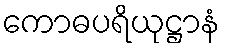
ကောဓပရိယုဋ္ဌာနံ